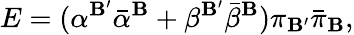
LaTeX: E=({\alpha}^{\mathbf{B}^{\prime}}{\bar{{\alpha}}}^{\mathbf{B}}+{\beta}^{\mathbf{B}^{\prime}}{\bar{{\beta}}}^{\mathbf{B}}){\pi}_{\mathbf{B}^{\prime}}{\bar{{\pi}}}_{\mathbf{B}},